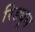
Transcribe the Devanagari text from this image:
रिड्यूस